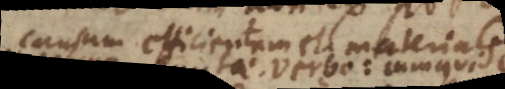
causam efficientem et materialem